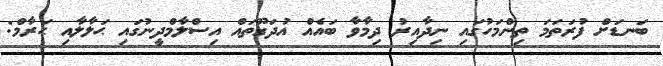
ބަނޑަށް ފުރަތަމަ ތިންމަހުގައި ނިދާއިރު ދިމާވާ ބައެއް އުދަގޫތައް އިސްލާމްދީނުގައި ޙަލާލާއި ޙަރާމް: